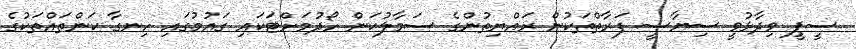
ސީޕީ ވިދާޅުވީ ސިޔާސީ ފަރާތްތަކުން ރައްޔިތުންގެ ސަމާލުކަން ހޯދުމަށްޓަކައި ގައުމުގައި ހިނގާ ކަންތައްތަކުގެ